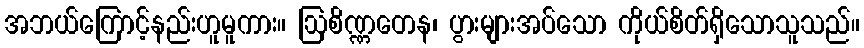
အဘယ်ကြောင့်နည်းဟူမူကား။ ဩစိဏ္ဏတေန၊ ပွားများအပ်သော ကိုယ်စိတ်ရှိသောသူသည်။